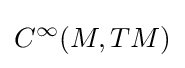
C^{\infty }(M,TM)